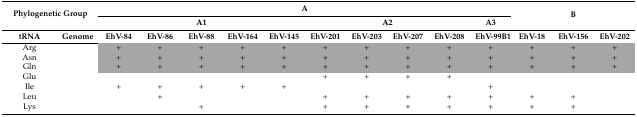
<table><thead><tr><td rowspan="2" colspan="2"><b>Phylogenetic Group</b></td><td colspan="10"><b>A</b></td><td rowspan="2" colspan="3"><b>B</b></td></tr><tr><td colspan="5"><b>A1</b></td><td colspan="4"><b>A2</b></td><td><b>A3</b></td></tr><tr><td><b>tRNA</b></td><td><b>Genome</b></td><td><b>EhV-84</b></td><td><b>EhV-86</b></td><td><b>EhV-88</b></td><td><b>EhV-164</b></td><td><b>EhV-145</b></td><td><b>EhV-201</b></td><td><b>EhV-203</b></td><td><b>EhV-207</b></td><td><b>EhV-208</b></td><td><b>EhV-99B1</b></td><td><b>EhV-18</b></td><td><b>EhV-156</b></td><td><b>EhV-202</b></td></tr></thead><tbody><tr><td>Arg</td><td></td><td>+</td><td>+</td><td>+</td><td>+</td><td>+</td><td>+</td><td>+</td><td>+</td><td>+</td><td>+</td><td>+</td><td>+</td><td>+</td></tr><tr><td>Asn</td><td></td><td>+</td><td>+</td><td>+</td><td>+</td><td>+</td><td>+</td><td>+</td><td>+</td><td>+</td><td>+</td><td>+</td><td>+</td><td>+</td></tr><tr><td>Gln</td><td></td><td>+</td><td>+</td><td>+</td><td>+</td><td>+</td><td>+</td><td>+</td><td>+</td><td>+</td><td>+</td><td>+</td><td>+</td><td>+</td></tr><tr><td>Glu</td><td></td><td></td><td></td><td></td><td></td><td></td><td>+</td><td>+</td><td>+</td><td>+</td><td></td><td></td><td></td><td></td></tr><tr><td>Ile</td><td></td><td>+</td><td>+</td><td>+</td><td>+</td><td>+</td><td></td><td></td><td></td><td></td><td>+</td><td></td><td></td><td></td></tr><tr><td>Leu</td><td></td><td></td><td>+</td><td></td><td></td><td></td><td>+</td><td>+</td><td>+</td><td>+</td><td>+</td><td>+</td><td>+</td><td></td></tr><tr><td>Lys</td><td></td><td></td><td></td><td>+</td><td></td><td></td><td>+</td><td>+</td><td>+</td><td>+</td><td>+</td><td>+</td><td>+</td><td></td></tr></tbody></table>